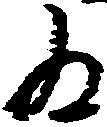
為